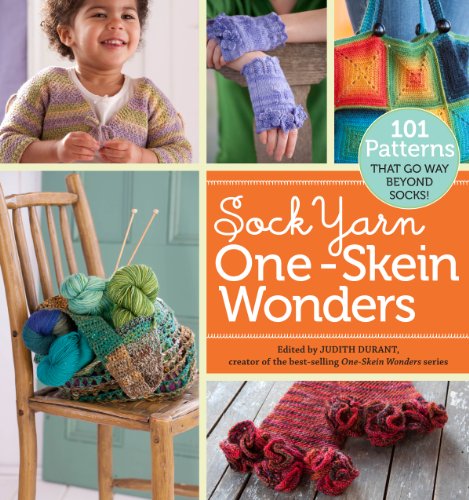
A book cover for Sock Yarn One-Skein WondersÂ®: 101 Patterns That Go Way Beyond Socks!; Crafts, Hobbies & Home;